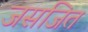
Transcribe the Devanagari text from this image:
जसजित